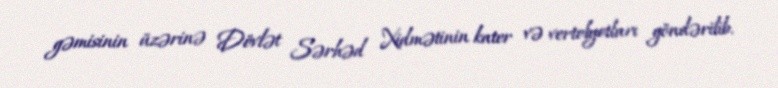
gəmisinin üzərinə Dövlət Sərhəd Xidmətinin kater və vertolyotları göndərilib.